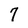
Character: 7